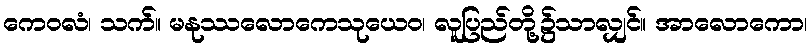
ကေဝလံ၊ သက်။ မနုဿလောကေသုယေဝ၊ လူပြည်တို့၌သာလျှင်။ အာလောကော၊